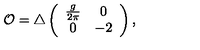
{ \cal O } = \triangle \left( \begin{array} { c c } { \frac { g } { 2 \pi } } & { 0 } \\ { 0 } & { - 2 } \\ \end{array} \right) ,